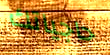
حاجياتك